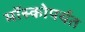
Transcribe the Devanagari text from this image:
मॉस्कोपर्यंत